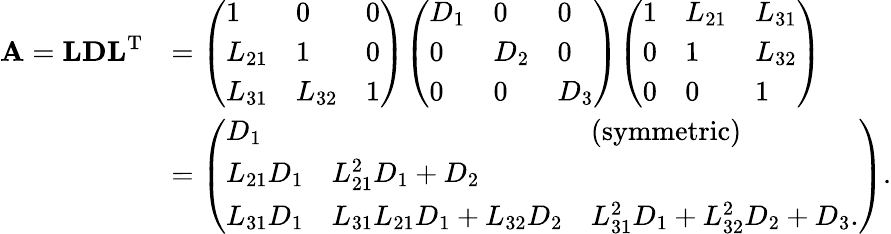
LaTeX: {\begin{array}{rl}{\mathbf{A}=\mathbf{LDL}^{\mathrm{T}}}&{={\left(\begin{array}{lll}{1}&{0}&{0}\\ {L_{21}}&{1}&{0}\\ {L_{31}}&{L_{32}}&{1}\end{array}\right)}{\left(\begin{array}{lll}{D_{1}}&{0}&{0}\\ {0}&{D_{2}}&{0}\\ {0}&{0}&{D_{3}}\end{array}\right)}{\left(\begin{array}{lll}{1}&{L_{21}}&{L_{31}}\\ {0}&{1}&{L_{32}}\\ {0}&{0}&{1}\end{array}\right)}}\\ &{={\left(\begin{array}{lll}{D_{1}}&&{(\mathrm{symmetric})}\\ {L_{21}D_{1}}&{L_{21}^{2}D_{1}+D_{2}}&\\ {L_{31}D_{1}}&{L_{31}L_{21}D_{1}+L_{32}D_{2}}&{L_{31}^{2}D_{1}+L_{32}^{2}D_{2}+D_{3}.}\end{array}\right)}.}\end{array}}